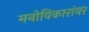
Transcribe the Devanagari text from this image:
मनोविकारांवर